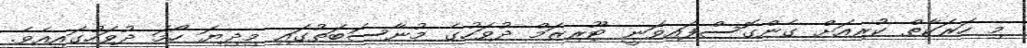
މި ހަރަކާތް ކުރިއަށް ގެންގޮސްފައިވަނީ ޓޫރިޒަމް ދުވަހުގެ މުނާސަބަތުގައި މިދިޔަ ހޯމަ ދުވަހުގައިއެވެ.